Vaccination in Bombay 1874-1876 - 1874-1876
Year: 1874
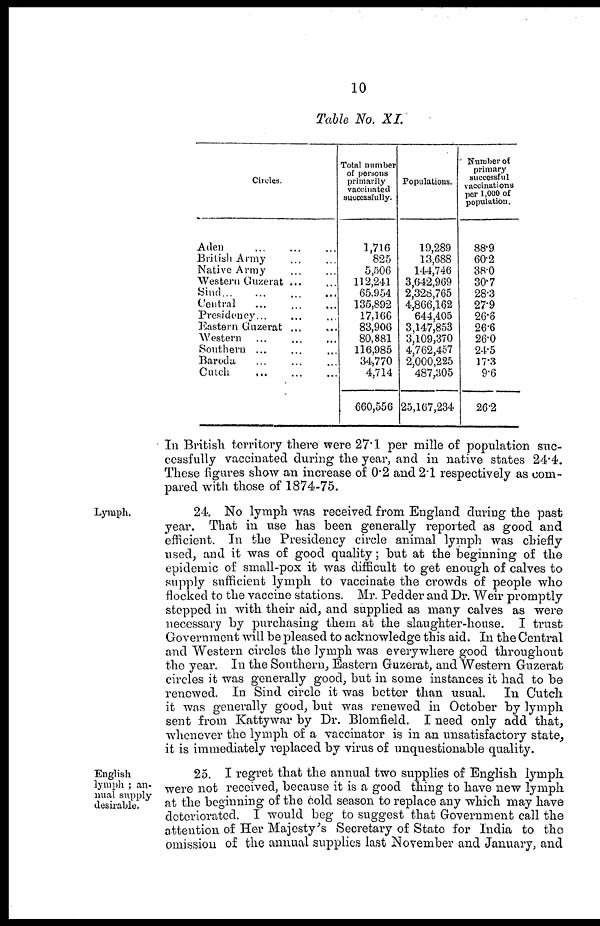
10
Table No. XI.
Circles.
Aden ... ... ...
British Army ... ...
Native Army ... ...
Western Guzerat ... ...
Sind
...
...
...
...
Central
...
...
...
Presidency... ... ...
Eastern Guzerat ... ...
Western ...
...
...
Southern ... ... ...
Baroda
...
...
...
Cutch
...
...
...
Total number
of persons
primarily
vaccinated
successfully.
1,716
825
5,506
112,241
65,954
135,892
17,166
83,906
80,881
116,985
34,770
4,714
660,556
Populations.
19,289
13,688
144,746
3,642,969
2,328,765
4,866,162
644,405
3,147,853
3,109,370
4,762,457
2,000,225
487,305
25,167,234
Number of
primary
successful
vaccinations
per 1,000 of
population.
88.9
60.2
38.0
30.7
28.3
27.9
26.6
26.6
26.0
24.5
17.3
9.6
26.2
In British territory there were 27.1 per mille of population suc-
cessfully vaccinated during the year, and in native states 24.4.
These figures show an increase of 0.2 and 2.1 respectively as com-
pared with those of 1874-75.
Lymph.
24. No lymph was received from England during the past
year. That in use has been generally reported as good and
efficient. In the Presidency circle animal lymph was chiefly
used, and it was of good quality; but at the beginning of the
epidemic of small-pox it was difficult to get enough of calves to
supply sufficient lymph to vaccinate the crowds of people who
flocked to the vaccine stations. Mr. Pedder and Dr. Weir promptly
stepped in with their aid, and supplied as many calves as were
necessary by purchasing them at the slaughter-house. I trust
Government will be pleased to acknowledge this aid. In the Central
and Western circles the lymph was everywhere good throughout
the year. In the Southern, Eastern Guzerat, and Western Guzerat
circles it was generally good, but in some instances it had to be
renewed. In Sind circle it was better than usual. In Cutch
it was generally good, but was renewed in October by lymph
sent from Kattywar by Dr. Blomfield. I need only add that,
whenever the lymph of a vaccinator is in an unsatisfactory state,
it is immediately replaced by virus of unquestionable quality.
English
lymph ; an-
--al supply
desirable.
25. I regret that the annual two supplies of English lymph
were not received, because it is a good thing to have new lymph
at the beginning of the cold season to replace any which may have
deteriorated. I would beg to suggest that Government call the
attention of Her Majesty's Secretary of State for India to the
omission of the annual supplies last November and January, and